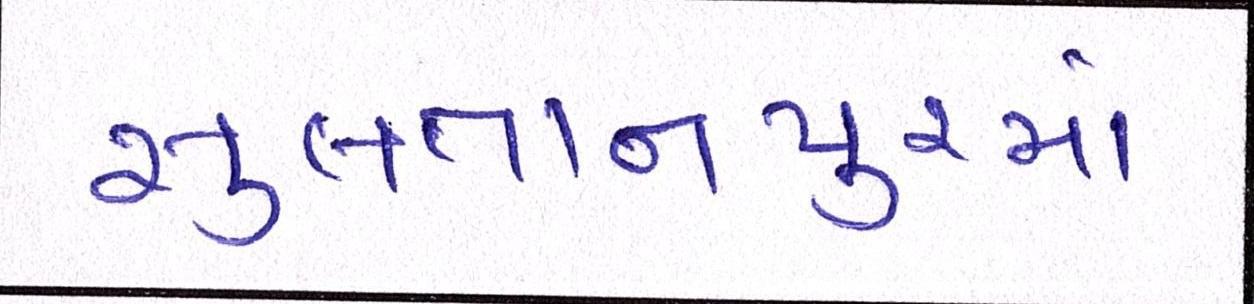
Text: સુલતાનપુરમાં